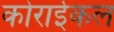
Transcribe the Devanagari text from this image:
कोराईकल